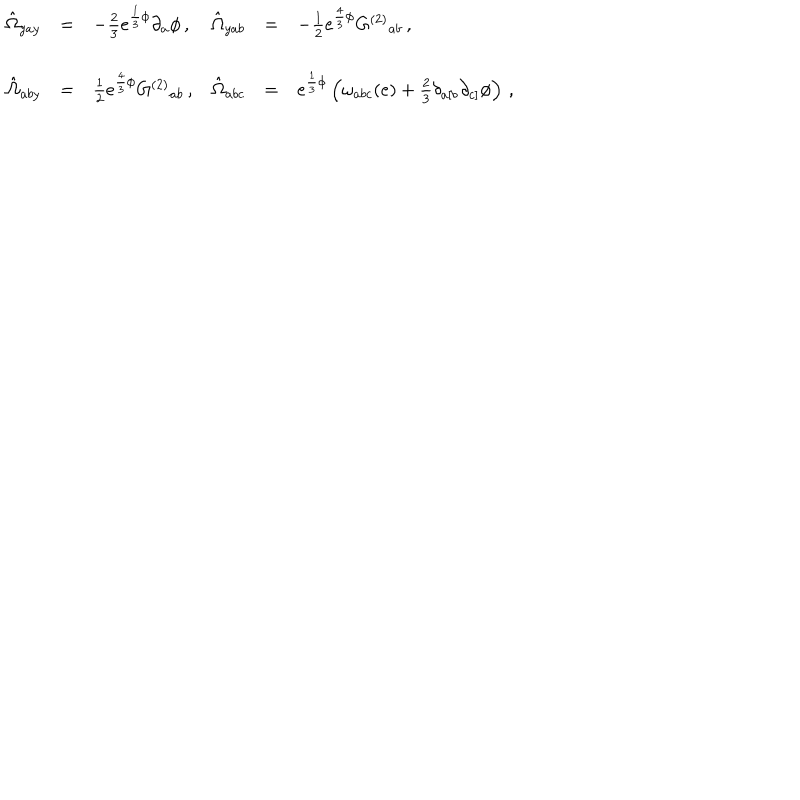
\begin{array} { r c l r c l } { { \hat { \Omega } _ { y a y } } } & { { = } } & { { - \frac { 2 } { 3 } e ^ { \frac { 1 } { 3 } \phi } \partial _ { a } \phi \, , \hspace { 1 c m } } } & { { \hat { \Omega } _ { y a b } } } & { { = } } & { { - \frac { 1 } { 2 } e ^ { \frac { 4 } { 3 } \phi } G ^ { ( 2 ) } { } _ { a b } \, , } } \\ { { } } & { { } } & { { } } & { { } } & { { } } & { { } } \\ { { \hat { \Omega } _ { a b y } } } & { { = } } & { { \frac { 1 } { 2 } e ^ { \frac { 4 } { 3 } \phi } G ^ { ( 2 ) } { } _ { a b } \, , } } & { { \hat { \Omega } _ { a b c } } } & { { = } } & { { e ^ { \frac { 1 } { 3 } \phi } \left( \omega _ { a b c } ( e ) + \frac { 2 } { 3 } \delta _ { a [ b } \partial _ { c ] } \phi \right) \, , } } \\ \end{array}